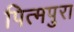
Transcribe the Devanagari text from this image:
पित्मपुरा